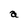
Character: a